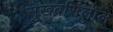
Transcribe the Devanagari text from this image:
सुखबसिलाल